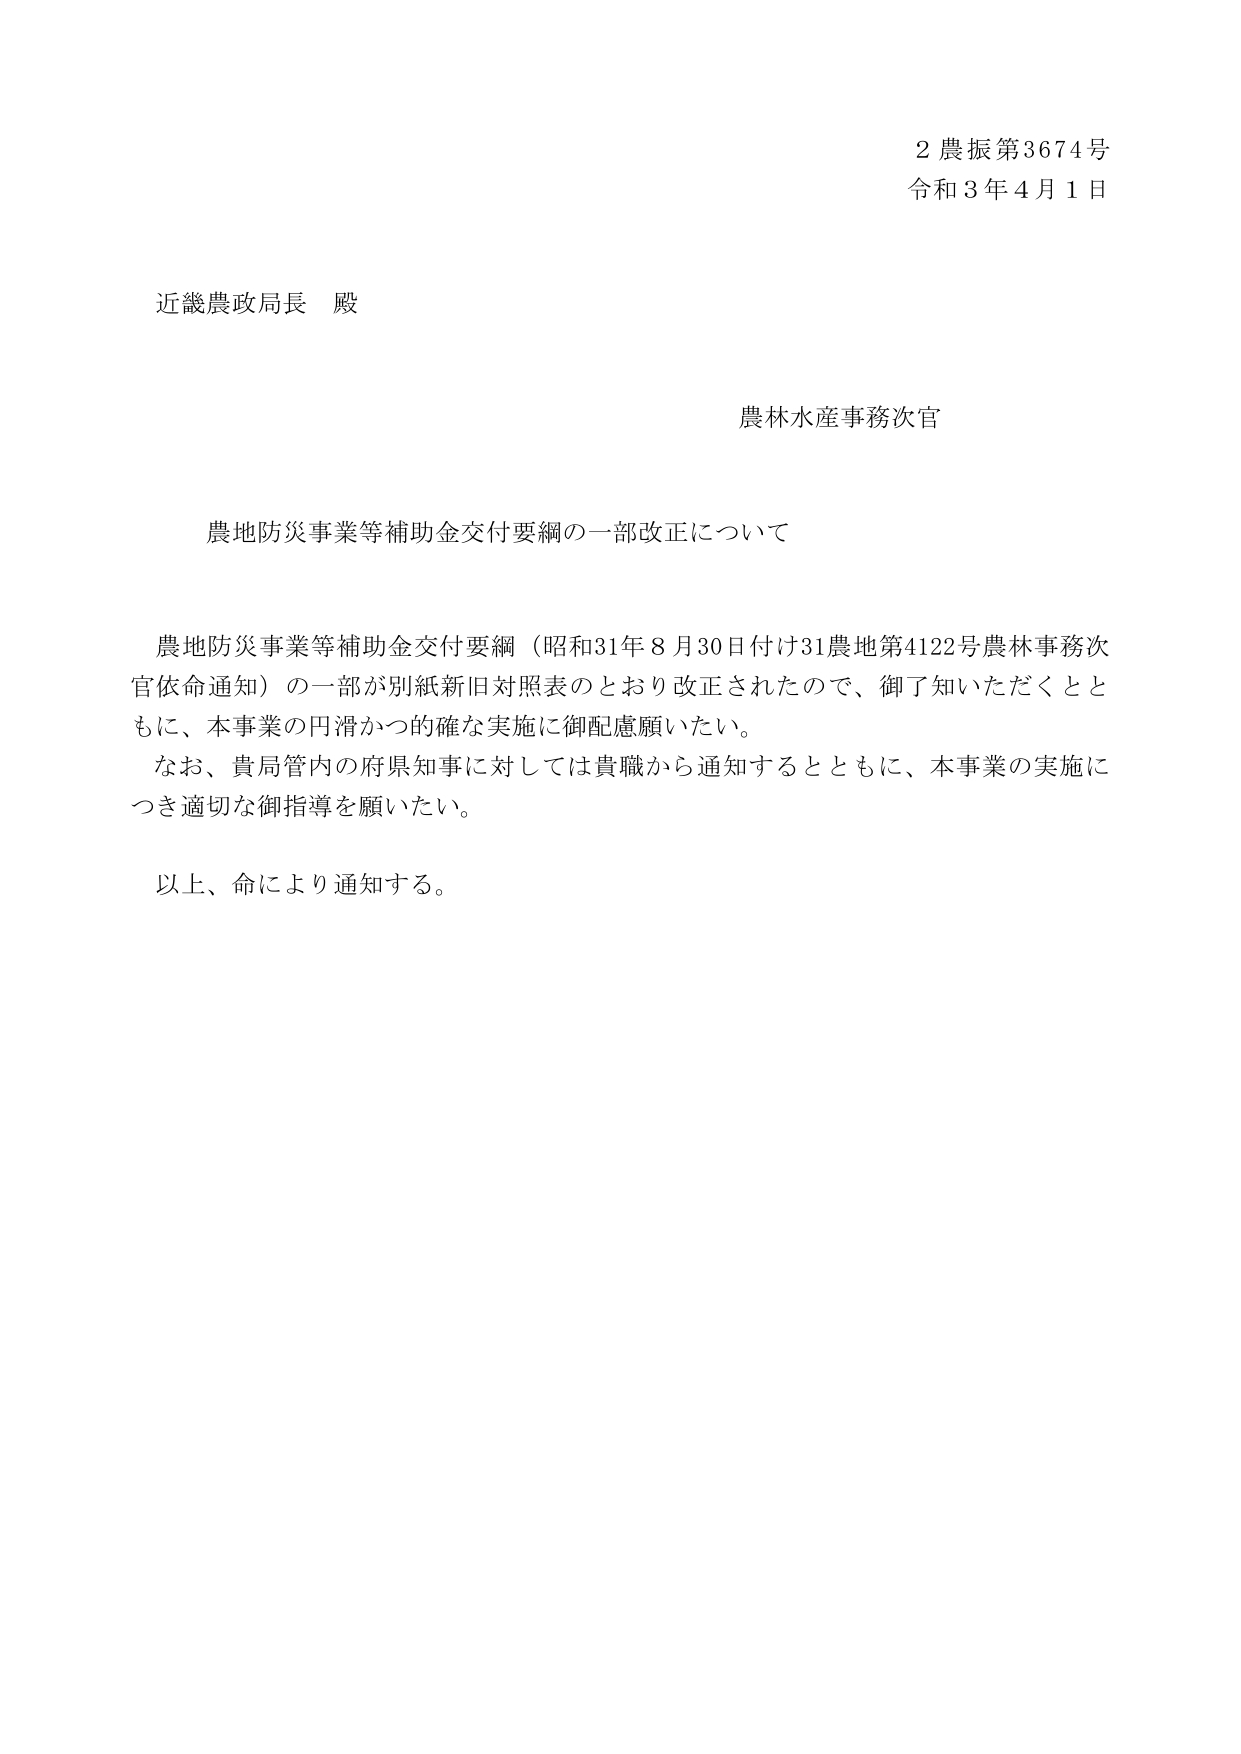
2 農振第3674号
令和3年4月1日

近畿農政局長 殿

農林水産事務次官

農地防災事業等補助金交付要綱の一部改正について

農地防災事業等補助金交付要綱（昭和31年8月30日付け31農地第4122号農林事務次官依命通知）の一部が別紙新旧対照表のとおり改正されたので、御了知いただくとともに、本事業の円滑かつ的確な実施に御配慮願いたい。
なお、貴局管内の府県知事に対しては貴職から通知するとともに、本事業の実施につき適切な御指導を願いたい。

以上、命により通知する。